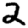
Digit: 2